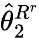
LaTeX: \widehat{\theta}_{2}^{R^{r}}